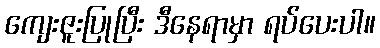
ကျေးဇူးပြုပြီး ဒီနေရာမှာ ရပ်ပေးပါ။